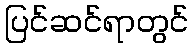
ပြင်ဆင်ရာတွင်